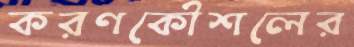
করণকৌশলের